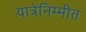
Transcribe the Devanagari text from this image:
यात्रेनिम्मीत